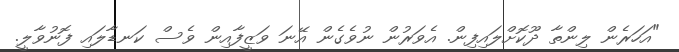
"އަހަރެން ލިންތާ ދޫކޮށްލައިފިން. އެވަރުން ނުވެގެން އޭނަ ވަޒީފާއިން ވެސް ކަނޑާލައި ފޮނުވާލީ.